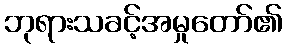
ဘုရားသခင့်အမှုတော်၏